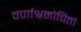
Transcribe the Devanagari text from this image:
वर्णाश्रमोचितां